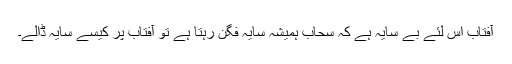
آفتاب اس لئے بے سایہ ہے کہ سحاب ہمیشہ سایہ فگن رہتا ہے تو آفتاب پر کیسے سایہ ڈالے۔